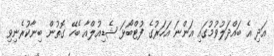
އަދި އެ ބައްދަލުވުމުގައި އަންނަ އަހަރުގެ ފުޓްބޯޅަ ޝެޑިއުލްއާ ބެހޭ ގޮތުން ބިނާކުރެނިވި